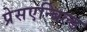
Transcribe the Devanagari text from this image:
प्रेसएन्बिल्ड